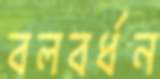
বলবর্ধন